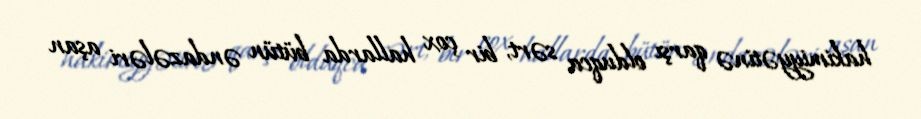
hakimiyyətinə qarşı olduqca sərt, bir çox hallarda bütün əndazələri aşan